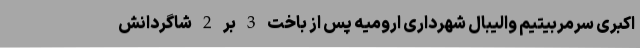
اکبری سرمربیتیم والیبال شهرداری ارومیه پس از باخت 3 بر 2 شاگردانش